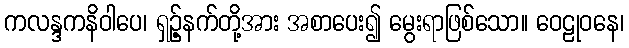
ကလန္ဒကနိဝါပေ၊ ရှဉ့်နက်တို့အား အစာပေး၍ မွေးရာဖြစ်သော။ ဝေဠုဝနေ၊